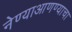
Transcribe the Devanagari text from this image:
नेण्याआणण्याचा